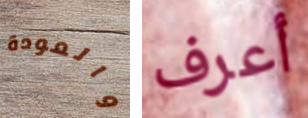
والعودة أعرف